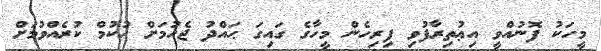
މީހަކު ފޮނުއްވީ އިޢުތިރާފުވި ފިރިހެން މީހާގެ ގައިގަ ޙައްދު ޖެހުމަށް ޙުކުމް ކުރެއްވުމަށް